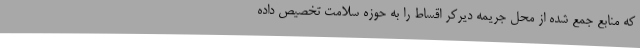
که منابع جمع شده از محل جریمه دیرکر اقساط را به حوزه سلامت تخصیص داده